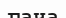
гача